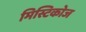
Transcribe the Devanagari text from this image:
मिस्टिकोज